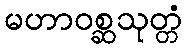
မဟာဝစ္ဆသုတ္တံ